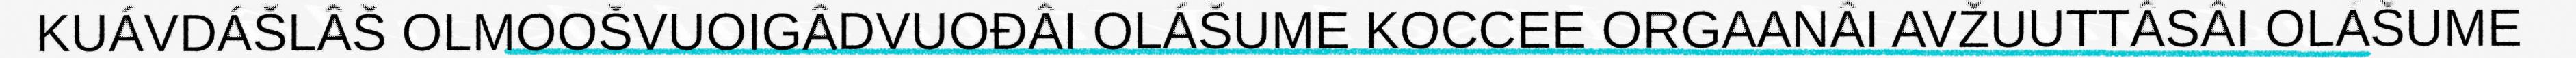
KUÁVDÁŠLÂŠ OLMOOŠVUOIGÂDVUOĐÂI OLÁŠUME KOCCEE ORGAANÂI AVŽUUTTÂSÂI OLÁŠUME